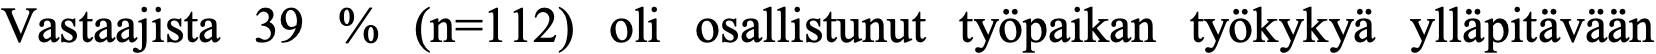
Vastaajista 39 % (n=112) oli osallistunut työpaikan työkykyä ylläpitävään